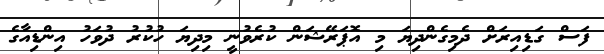
ފަސް ގަޑިއިރަށް ދެމިގެންދިޔަ މި އޮޕަރޭޝަން ކުރެވުނީ މިދިޔަ ހުކުރު ދުވަހު އިންޑިއާގެ